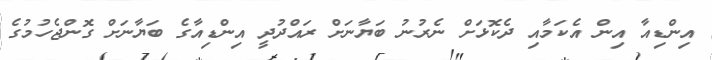
އިންޑިއާ އިން އެކަމާއި ދެކޮޅަށް ނެރުނު ބަޔާނަށް ރައްދުދީ އިންޑިއާގެ ބަޔާނަށް ގޮންޖެހުމުގެ